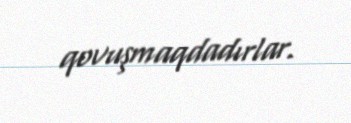
qovuşmaqdadırlar.